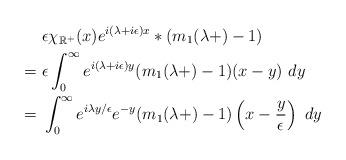
LaTeX: \begin{align*}&~\epsilon\chi_{\mathbb{R}^+}(x)e^{i(\lambda+i\epsilon)x}*(m_1(\lambda+)-1) \\= &~\epsilon\int_0^{\infty}e^{i(\lambda+i\epsilon)y}(m_1(\lambda+)-1)(x-y)~dy \\= &~\int_0^{\infty}e^{i\lambda y/\epsilon}e^{-y}(m_1(\lambda+)-1)\left(x-\frac{y}{\epsilon}\right)~dy \end{align*}